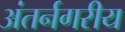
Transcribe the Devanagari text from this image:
अंतर्नगरीय